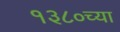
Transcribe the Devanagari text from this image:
१३८०च्या